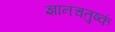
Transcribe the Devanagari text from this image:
ज्ञानचतुष्कं